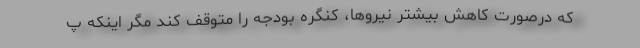
که درصورت کاهش بیشتر نیروها، کنگره بودجه را متوقف کند مگر اینکه پ